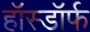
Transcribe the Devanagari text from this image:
हॉस्डॉर्फ